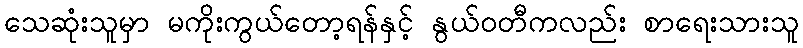
သေဆုံးသူမှာ မကိုးကွယ်တော့ရန်နှင့် နွယ်ဝတီကလည်း စာရေးသားသူ